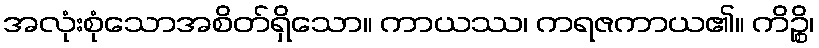
အလုံးစုံသောအစိတ်ရှိသော။ ကာယဿ၊ ကရဇကာယ၏။ ကိဉ္စိ၊